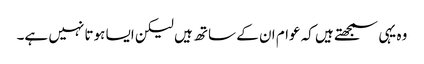
وہ یہی سمجھتے ہیں کہ عوام ان کے ساتھ ہیں لیکن ایسا ہوتا نہیں ہے۔